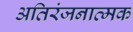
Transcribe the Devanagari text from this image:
अतिरंजनात्मक